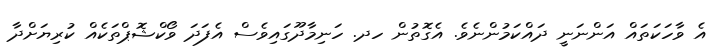
އެ ވާހަކަތައް އަންނަނީ ދައްކަމުންނެވެ. އެގޮތުން ހދ. ހަނިމާދޫގައިވެސް އެފަދަ ވޯކްޝޮޕްތަކެއް ކުރިޔަށްދާ